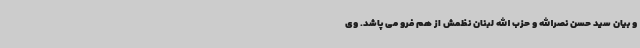
و بیان سید حسن نصرالله و حزب الله لبنان نظمش از هم فرو می پاشد. وی